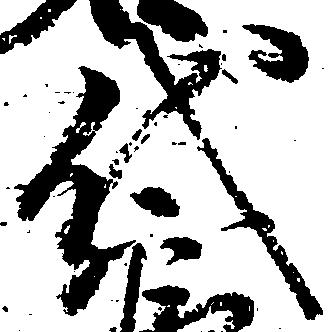
代